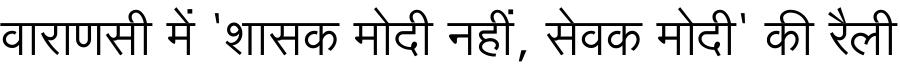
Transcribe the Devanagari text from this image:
वाराणसी में 'शासक मोदी नहीं, सेवक मोदी' की रैली